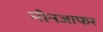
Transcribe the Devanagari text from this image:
मीनजाफर